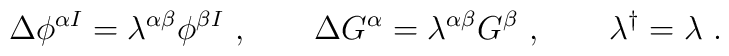
\Delta \phi ^{  \alpha I} = \lambda^{\alpha \beta}  \phi^{  \beta I}\ , \qquad\Delta  G^\alpha = \lambda^{\alpha \beta}G^\beta\ ,  \qquad \lambda^\dagger = \lambda \ .